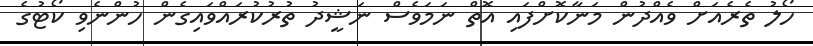
ހޯލު ތެރެއަށް ވެއްދުން މަނާކޮށްފައި އޮތް ނަމަވެސް ނަޝީދު ތުރުކުރައްވައިގެން ހުންނެވި ކޯޓުގެ